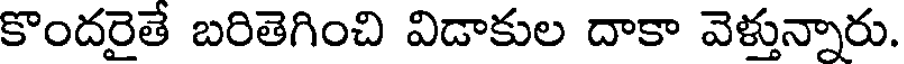
కొందరైతే బరితెగించి విడాకుల దాకా వెళ్తున్నారు.